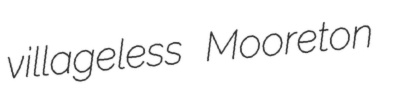
villageless Mooreton